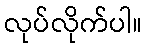
လုပ်လိုက်ပါ။